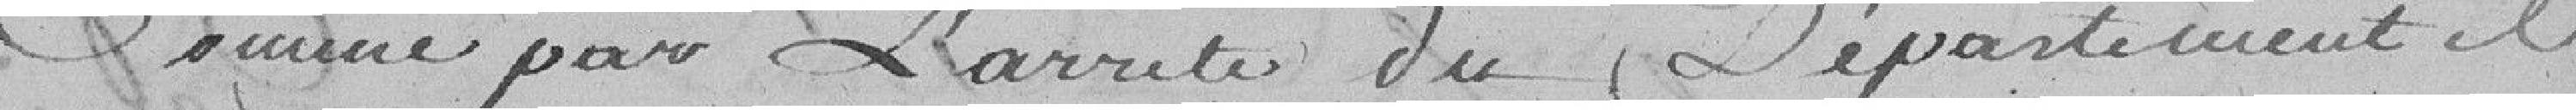
comme pour l'arrêté du département, il